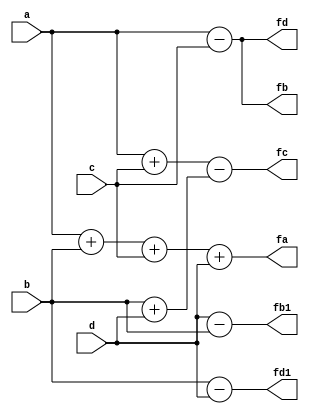
module simple_fft(a,b,c,d,fa,fb,fb1,fc,fd,fd1);
  input [4:0]a,b,c,d;
  output reg [5:0]fa,fb,fb1,fc,fd,fd1;
  always @ (a,b,c,d)
    begin
      fa <= a + b + c + d;
      fb <= a - c;
      fb1 <= d - b;
      fc <= a + c - (b + d);
      fd <= a - c;
      fd1 <= b - d;
    end
endmodule